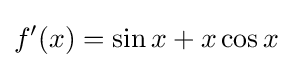
f'(x)=\sin {x}+x\cos {x}